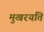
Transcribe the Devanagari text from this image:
मुखरयति